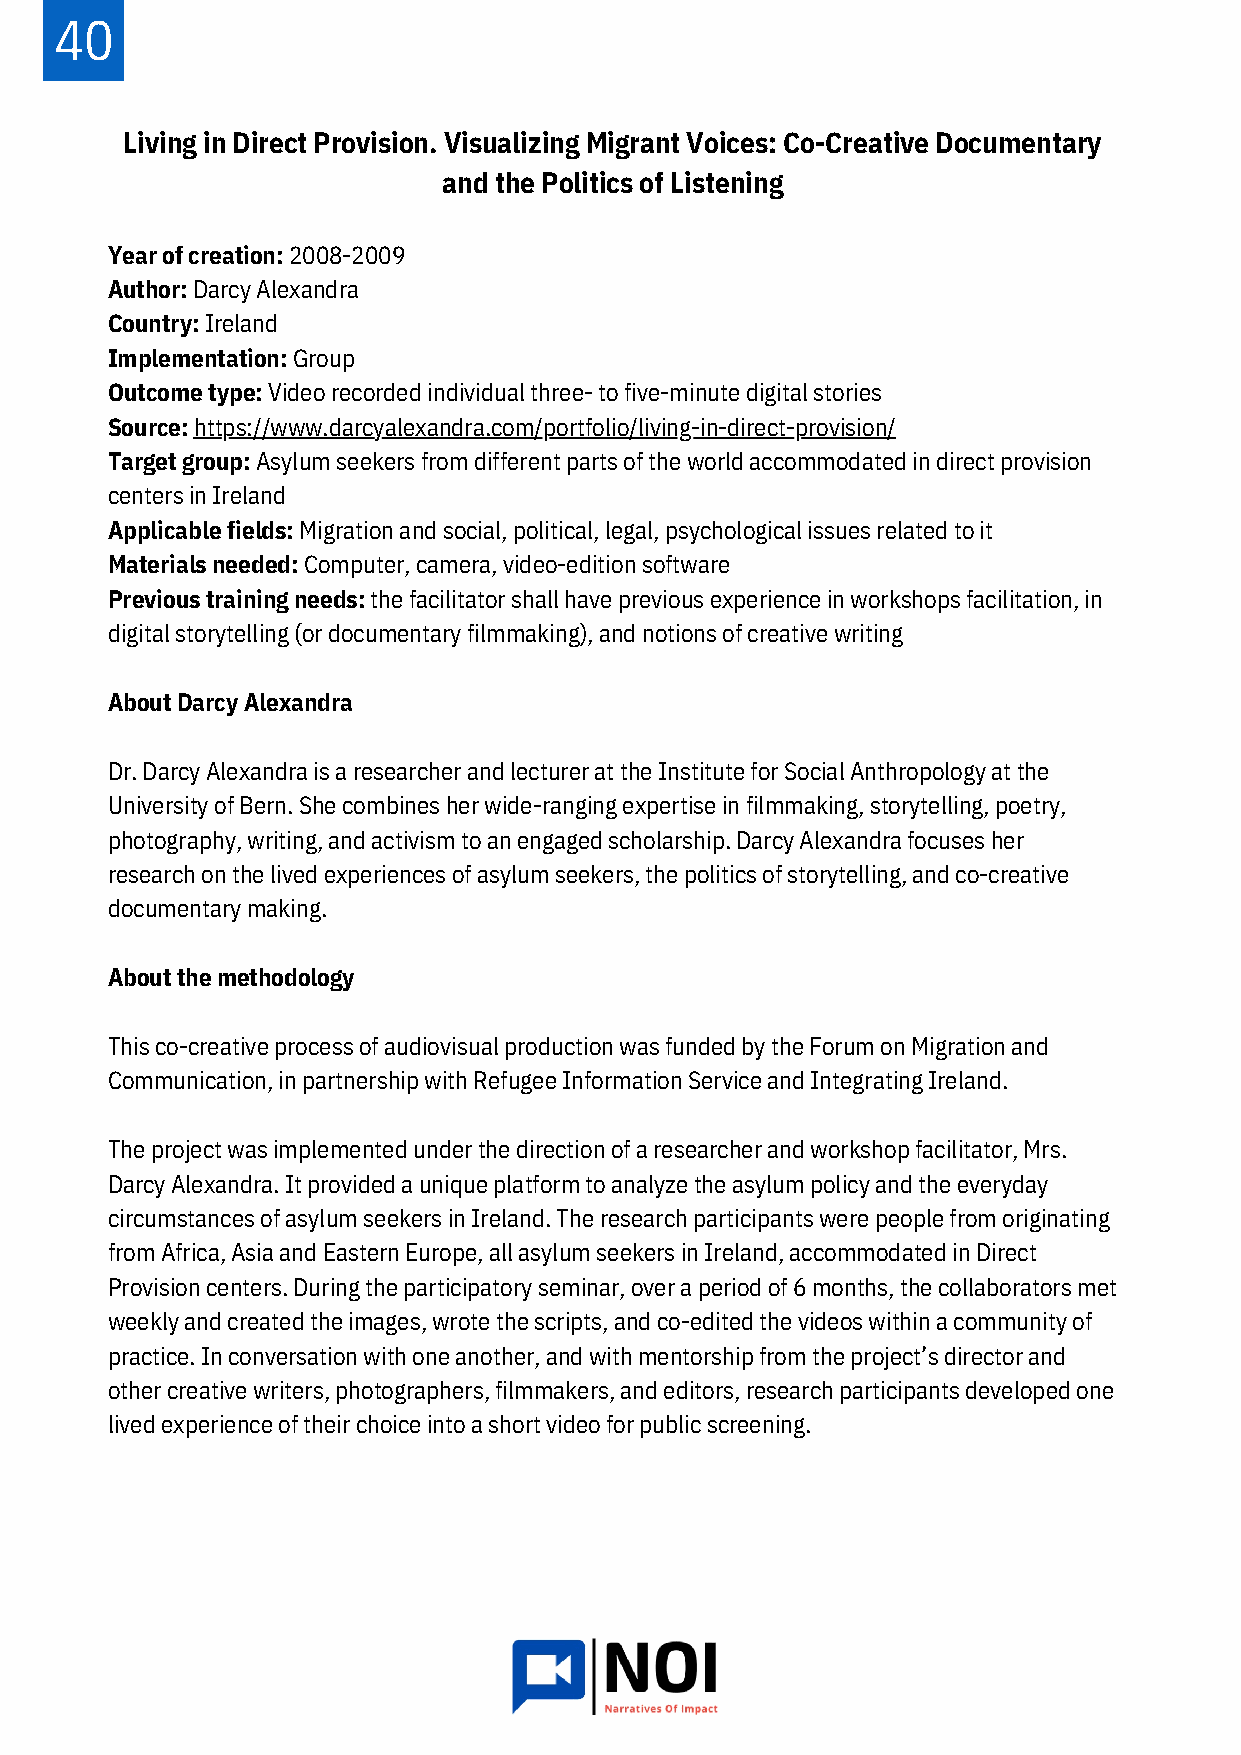
40
 Living in Direct Provision. Visualizing Migrant Voices: Co-Creative Documentary
 and the Politics of Listening
 Year of creation: 2008-2009
 Author: Darcy Alexandra
 Country: Ireland
 Implementation: Group
 Outcome type: Video recorded individual three- to five-minute digital stories
 Source: https://www.darcyalexandra.com/portfolio/living-in-direct-provision/
 Target group: Asylum seekers from different parts of the world accommodated in direct provision
 centers in Ireland
 Applicable fields: Migration and social, political, legal, psychological issues related to it
 Materials needed: Computer, camera, video-edition software
 Previous training needs: the facilitator shall have previous experience in workshops facilitation, in
 digital storytelling (or documentary filmmaking), and notions of creative writing
 About Darcy Alexandra
 Dr. Darcy Alexandra is a researcher and lecturer at the Institute for Social Anthropology at the
 University of Bern. She combines her wide-ranging expertise in filmmaking, storytelling, poetry,
 photography, writing, and activism to an engaged scholarship. Darcy Alexandra focuses her
 research on the lived experiences of asylum seekers, the politics of storytelling, and co-creative
 documentary making.
 About the methodology
 This co-creative process of audiovisual production was funded by the Forum on Migration and
 Communication, in partnership with Refugee Information Service and Integrating Ireland.
 The project was implemented under the direction of a researcher and workshop facilitator, Mrs.
 Darcy Alexandra. It provided a unique platform to analyze the asylum policy and the everyday
 circumstances of asylum seekers in Ireland. The research participants were people from originating
 from Africa, Asia and Eastern Europe, all asylum seekers in Ireland, accommodated in Direct
 Provision centers. During the participatory seminar, over a period of 6 months, the collaborators met
 weekly and created the images, wrote the scripts, and co-edited the videos within a community of
 practice. In conversation with one another, and with mentorship from the project’s director and
 other creative writers, photographers, filmmakers, and editors, research participants developed one
 lived experience of their choice into a short video for public screening.